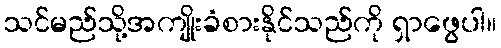
သင်မည်သို့အကျိုးခံစားနိုင်သည်ကို ရှာဖွေပါ။